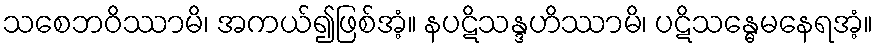
သစေဘဝိဿာမိ၊ အကယ်၍ဖြစ်အံ့။ နပဋိသန္ဒဟိဿာမိ၊ ပဋိသန္ဓေမနေရအံ့။